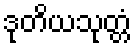
ဒုတိယသုတ္တံ